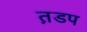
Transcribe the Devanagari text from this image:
त़डप